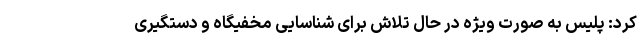
کرد: پلیس به صورت ویژه در حال تلاش برای شناسایی مخفیگاه و دستگیری